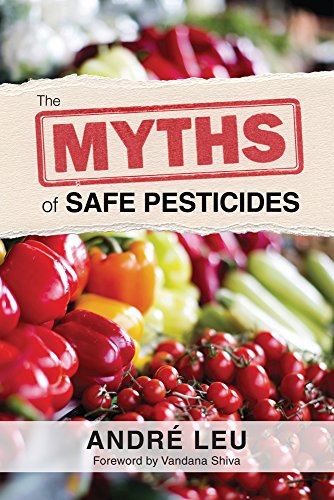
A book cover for The Myths of Safe Pesticides; AndrÃ© Leu; Science & Math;